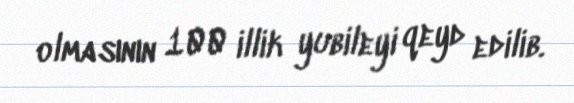
olmasının 100 illik yubileyi qeyd edilib.